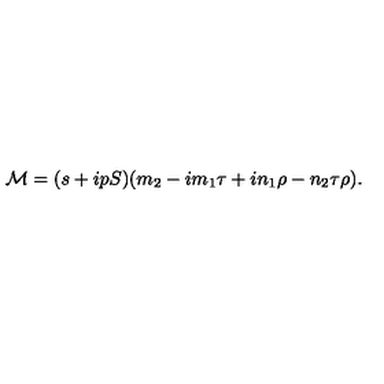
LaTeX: { \cal M } = ( s + i p S ) ( m _ { 2 } - i m _ { 1 } \tau + i n _ { 1 } \rho - n _ { 2 } \tau \rho ) .